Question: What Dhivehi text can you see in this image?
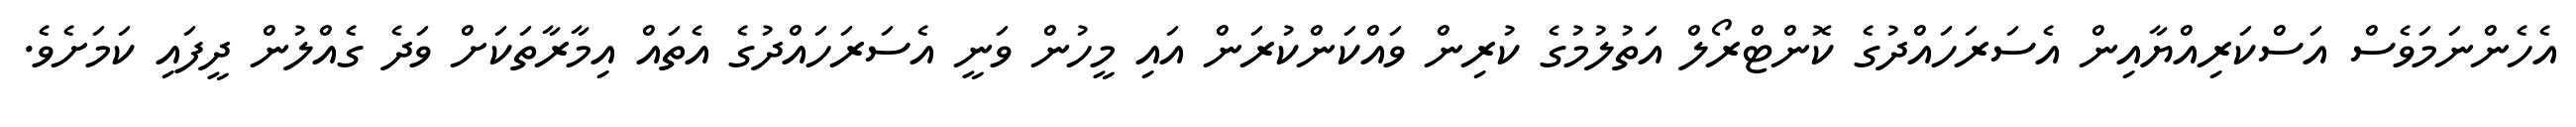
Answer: އެހެންނަމަވެސް އަސްކަރިއްޔާއިން އެސަރަހައްދުގެ ކޮންޓްރޯލް އަތުލުމުގެ ކުރިން ވައްކަންކުރަން އައި މީހުން ވަނީ އެސަރަހައްދުގެ އެތައް އިމާރާތަކަށް ވަދެ ގެއްލުން ދީފައި ކަމަށެވެ.